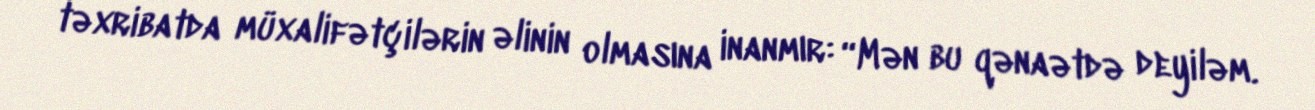
təxribatda müxalifətçilərin əlinin olmasına inanmır: “Mən bu qənaətdə deyiləm.